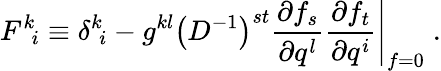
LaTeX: F^{k}\! _{i}\equiv\delta^{k}\! _{i}-g^{kl}\left(D^{-1}\right)^{st}\frac{\partial f_{s}}{\partial q^{l}}\left.\frac{\partial f_{t}}{\partial q^{i}}\right|_{f=0}\; .